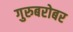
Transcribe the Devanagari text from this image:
गुरुबरोबर